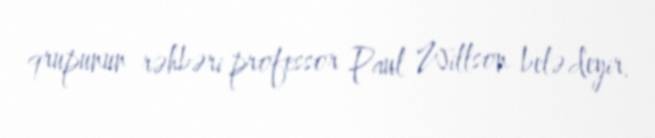
qrupunun rəhbəri professor Paul Willson belə deyir.